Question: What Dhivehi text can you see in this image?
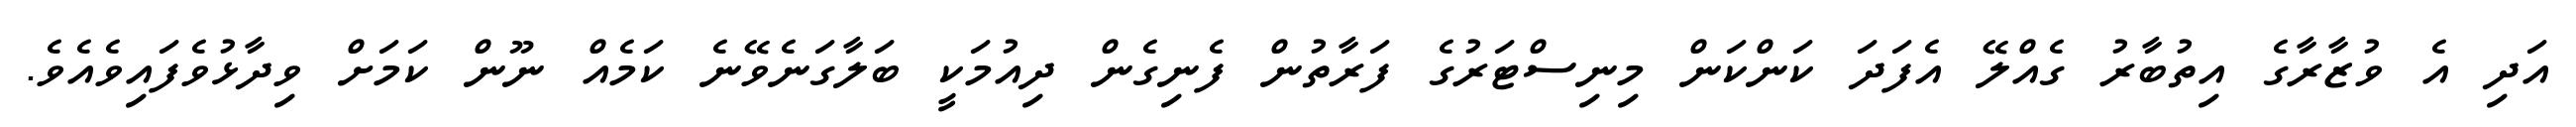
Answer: އަދި އެ ވުޒާރާގެ އިތުބާރު ގެއްލޭ އެފަދަ ކަންކަން މިނިސްޓަރުގެ ފަރާތުން ފެނިގެން ދިއުމަކީ ބަލާގަނެވޭނެ ކަމެއް ނޫން ކަމަށް ވިދާޅުވެފައިވެއެވެ.